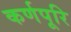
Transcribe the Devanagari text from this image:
कर्णपूरि